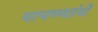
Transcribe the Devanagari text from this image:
पापण्यांचे